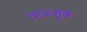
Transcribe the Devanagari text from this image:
ताज़्जुब